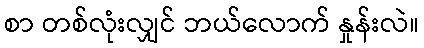
စာ တစ်လုံးလျှင် ဘယ်လောက် နှုန်းလဲ။